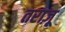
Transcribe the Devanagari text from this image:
तराज़ू़